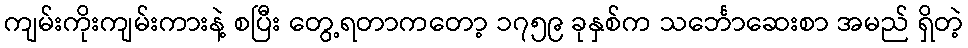
ကျမ်းကိုးကျမ်းကားနဲ့ စပြီး တွေ့ရတာကတော့ ၁၇၅၉ ခုနှစ်က သင်္ဘောဆေးစာ အမည် ရှိတဲ့